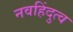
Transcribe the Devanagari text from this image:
नवहिंदुत्व